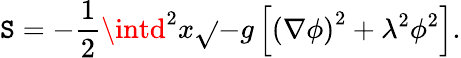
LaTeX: \mathtt{S}=-{\frac{{1}}{{2}}}\intd^{2}x\sqrt{}{{-g}}\left[\left(\nabla\phi\right)^{2}+\lambda^{2}\phi^{2}\right].